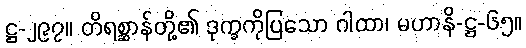
ဋ္ဌ-၂၉၇။ တိရစ္ဆာန်တို့၏ ဒုက္ခကိုပြသော ဂါထာ၊ မဟာနိ-ဋ္ဌ-၆၅။